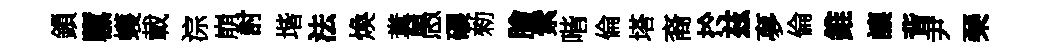
鎻隳蠖載淙崩討堦法煥糞愚碾勑膾索喈倫塔裔扵兹夣倫錐讓背尹琹